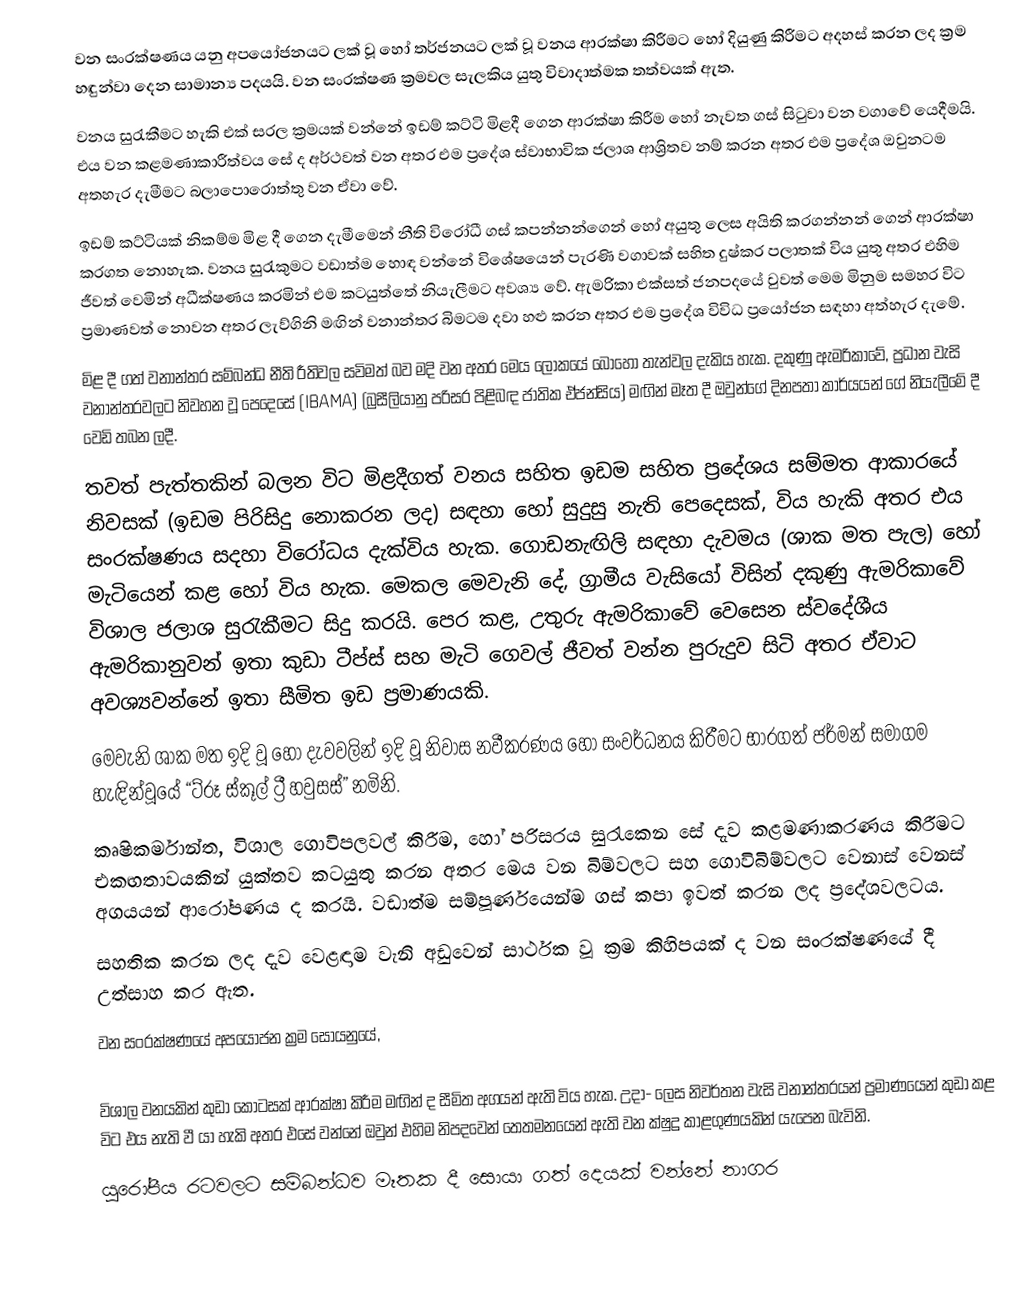
වන සංරක්ෂණය යනු අපයෝජනයට ලක් වූ හෝ තර්ජනයට ලක් වූ වනය ආරක්ෂා කිරීමට හෝ දියුණු කිරීමට අදහස් කරන ලද ක්‍රම හඳුන්වා දෙන සාමාන්‍ය පදයයි. වන සංරක්ෂණ ක්‍රමවල සැලකිය යුතු විවාදාත්මක තත්වයක් ඇත.
වනය සුරැකීමට හැකි එක් සරල ක්‍රමයක් වන්නේ ඉඩම් කට්ටි මිළදී ගෙන ආරක්ෂා කිරීම හෝ නැවත ගස් සිටුවා වන වගාවේ යෙදීමයි. එය වන කළමණාකාරීත්වය සේ ද අර්ථවත් වන අතර එම ප්‍රදේශ ස්වාභාවික ජලාශ ආශ්‍රිතව නම් කරන අතර එම ප්‍රදේශ ඔවුනටම අතහැර දැමීමට බලාපොරොත්තු වන ඒවා වේ.
ඉඩම් කට්‍ටියක් නිකම්ම මිළ දී ගෙන දැමීමෙන් නීති විරෝධී ගස් කපන්නන්ගෙන් හෝ අයුතු ලෙස අයිති කරගන්නන් ගෙන් ආරක්ෂා කරගත නොහැක. වනය සුරැකුමට වඩාත්ම හොඳ වන්නේ විශේෂයෙන් පැරණි වගාවක් සහිත දුෂ්කර පලාතක් විය යුතු අතර එහිම ජීවත් වෙමින් අධීක්ෂණය කරමින් එම කටයුත්තේ නියැලීමට අවශ්‍ය වේ. ඇමරිකා එක්සත් ජනපදයේ වුවත් මෙම මිනුම සමහර විට ප්‍රමාණවත් නොවන අතර ලැව්ගිනි මඟින් වනාන්තර බිමටම දවා හළු කරන අතර එම ප්‍රදේශ විවිධ ප්‍රයෝජන සඳහා අත්හැර දැමේ.
මිළ දී ගත් වනාන්තර සම්බන්ධ නීති රීතිවල සවිමත් බව මදි වන අතර මෙය ලෝකයේ බොහෝ තැන්වල දැකිය හැක. දකුණු ඇමරිකාවේ, ප්‍රධාන වැසි වනාන්තරවලට නිවහන වූ පෙදෙසේ (IBAMA) (බ්‍රසීලියානු පරිසර පිළිබඳ ජාතික ඒජන්සිය) මඟින් මෑත දී ඔවුන්ගේ දිනපතා කාර්යයන් ගේ නියැලීමේ දී වෙඩි තබන ලදී.
තවත් පැත්තකින් බලන විට මිළදීගත් වනය සහිත ඉඩම සහිත ප්‍රදේශය සම්මත ආකාරයේ නිවසක් (ඉඩම පිරිසිදු නොකරන ලද) සඳහා හෝ සුදුසු නැති පෙදෙසක්, විය හැකි අතර එය සංරක්ෂණය සදහා විරෝධය දැක්විය හැක. ගොඩනැඟිලි සඳහා දැවමය (ශාක මත පැල) හෝ මැටියෙන් කළ හෝ විය හැක. මෙකල මෙවැනි දේ, ග්‍රාමීය වැසියෝ විසින් දකුණු ඇමරිකාවේ විශාල ජලාශ සුරැකීමට සිදු කරයි. පෙර කළ, උතුරු ඇමරිකාවේ වෙසෙන ස්වදේශීය ඇමරිකානුවන් ඉතා කුඩා ටීප්ස් සහ මැටි ගෙවල් ජීවත් වන්න පුරුදුව සිටි අතර ඒවාට අවශ්‍යවන්නේ ඉතා සීමිත ඉඩ ප්‍රමාණයකි.
මෙවැනි ශාක මත ඉදි වූ හෝ දැවවලින් ඉදි වූ නිවාස නවීකරණය හෝ සංවර්ධනය කිරීමට භාරගත් ජර්මන් සමාගම හැඳින්වූයේ “ට්රූ ස්කූල් ට්‍රී හවුසස්” නමිනි.
කෘෂිකර්මාන්ත, විශාල ගොවිපලවල් කිරීම, හෝ පරිසරය සුරැකෙන සේ දැව කළමණාකරණය කිරීමට එකඟතාවයකින් යුක්තව කටයුතු කරන අතර මෙය වන බිම්වලට සහ ගොවිබිම්වලට වෙනාස් වෙනස් අගයයන් ආරෝපණය ද කරයි. වඩාත්ම සම්පූර්ණයෙන්ම ගස් කපා ඉවත් කරන ලද ප්‍රදේශවලටය.
සහතික කරන ලද දැව වෙළඳාම වැනි අඩුවෙන් සාර්ථක වූ ක්‍රම කිහිපයක් ද වන සංරක්ෂණයේ දී උත්සාහ කර ඇත.
වන සංරක්ෂණයේ අපයෝජන ක්‍රම සොයනුයේ,

විශාල වනයකින් කුඩා කොටසක් ආරක්ෂා කිරීම මඟින් ද සීමිත අගයන් ඇති විය හැක. උදා- ලෙස නිවර්තන වැසි වනාන්තරයන් ප්‍රමාණයෙන් කුඩා කළ විට එය නැති වී යා හැකි අතර එසේ වන්නේ ඔවුන් එහිම නිපදවෙන් තෙතමනයෙන් ඇති වන ක්ෂුද්‍ර කාළගුණයකින් යැපෙන බැවිනි.
යුරෝපීය රටවලට සම්බන්ධව මෑතක දී සොයා ගත් දෙයක් වන්නේ නාගර